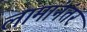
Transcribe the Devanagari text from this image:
लामांनंतर